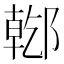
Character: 𨝌